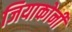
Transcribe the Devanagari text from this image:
जियाकोनी